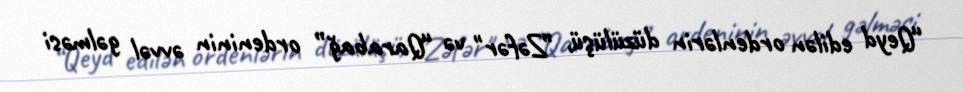
“Qeyd edilən ordenlərin düzülüşü, ”Zəfər" və “Qarabağ” ordeninin əvvəl gəlməsi